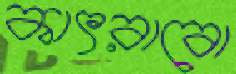
কাৎরাবো